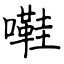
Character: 嚡